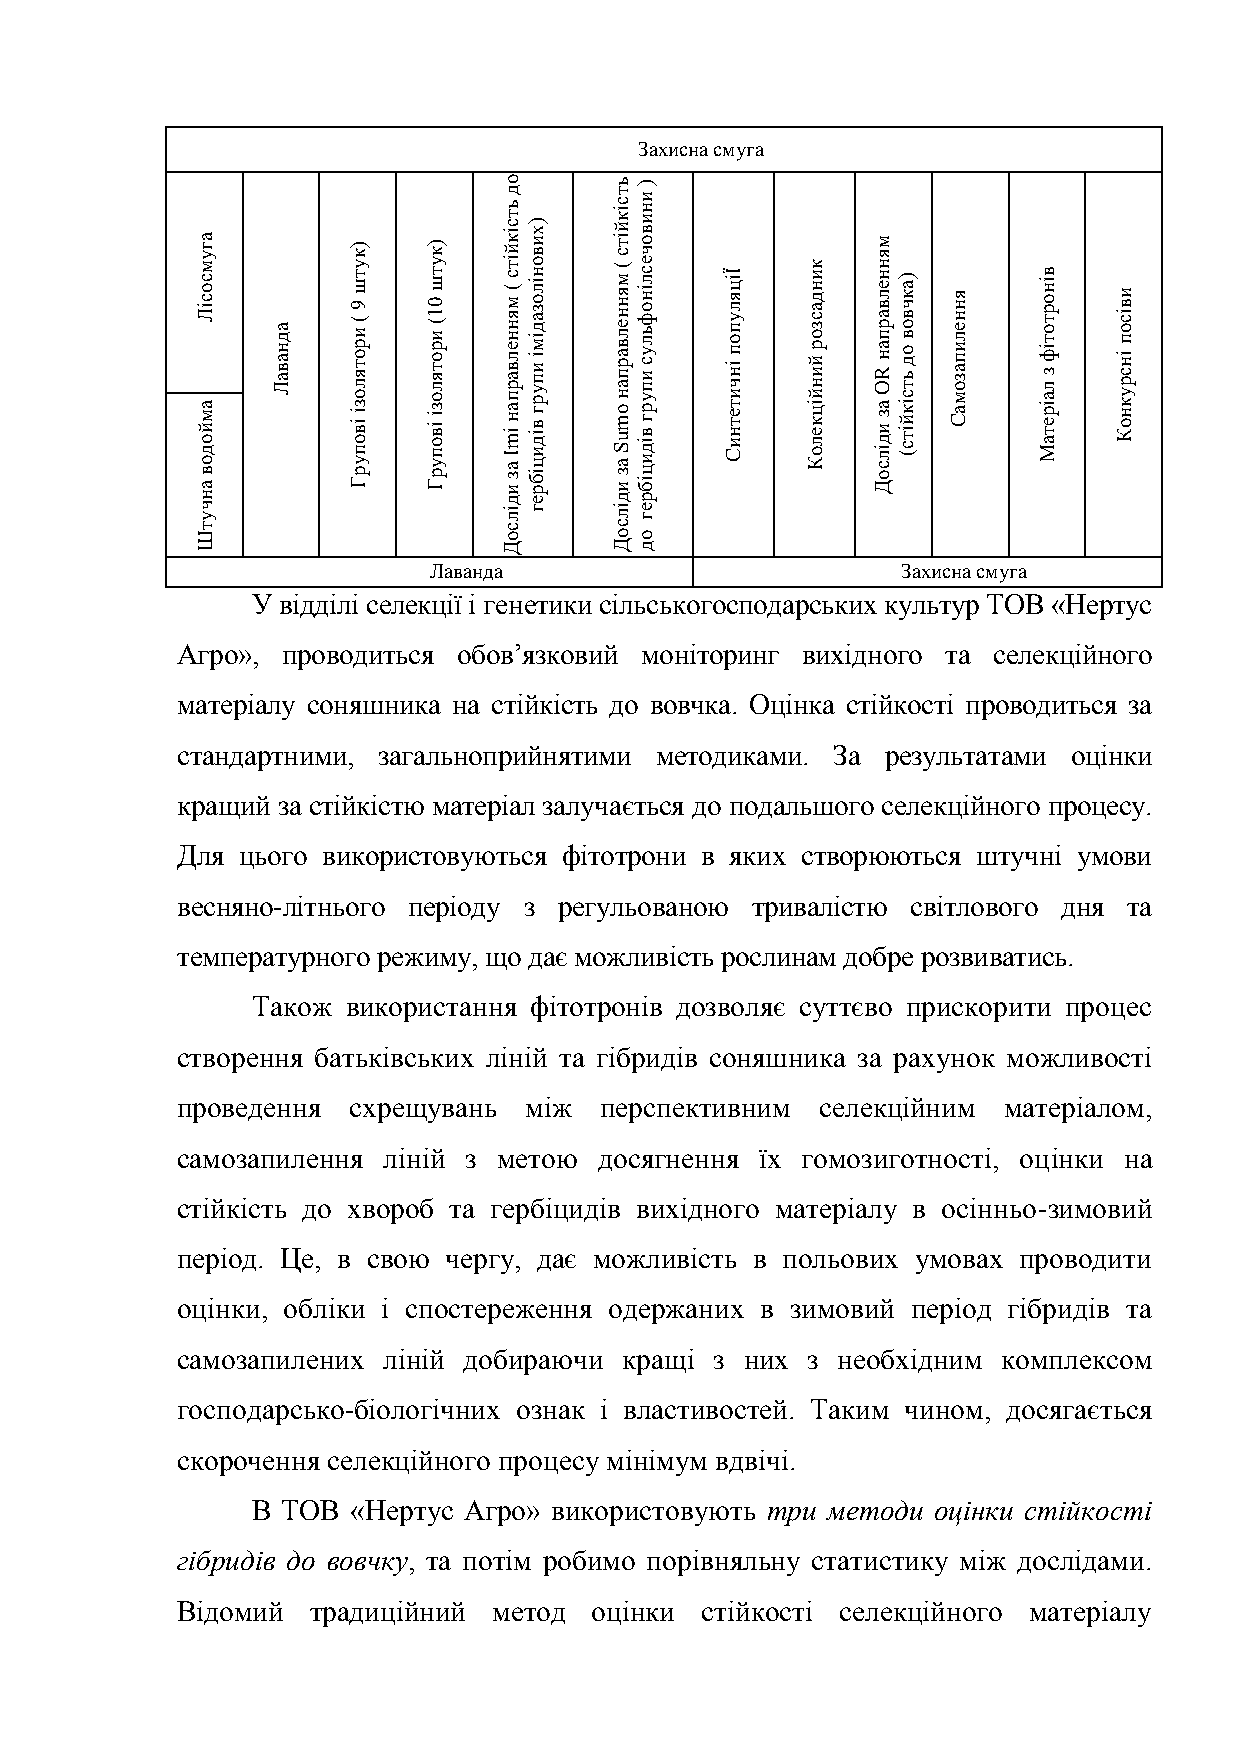
Захисна смуга
 а м й о д оа вг у а нм чс уо с іЛ а д н а в а Л ) к у т ш 9 ( и р о т я л о з і ів о п у р Г ) к у т ш 0 1 ( и р о т я л о з і ів о п у р Г о д ь т с ік й іт с ( iм mя Iн ан зе ил в да ілр п а н ) х и в о н іл о з а д ім і и п у р г в ід и ц іб р
 е
 г
 ь т с ік й іт с ( м я н н е л в а р п а н o m u S а з и
 д
 іл) и н и в о ч е с л ін о ф ь л у с и п у р г в ід и ц іб
 р
 е
 г
 Ї іц я л у п о п ін ч и т е т н и С к и н д а с з о р й и н й іц к е л о К м я н н е л в а р п а н R O а з и д іл с о Д ) а к ч в о в о д ь т с ік й іт с ( я н н е л и п а з о м а С в ін о р т о т іф з е тл аа Мір и в іс о п ін с р у к н о К
 т Ш                 с о    с о о
 Д      Дд
 Лаванда                         Захисна смуга
 У відділі селекції і генетики сільськогосподарських культур ТОВ «Нертус
 Агро», проводиться обов’язковий моніторинг вихідного та селекційного
 матеріалу соняшника на стійкість до вовчка. Оцінка стійкості проводиться за
 стандартними, загальноприйнятими методиками. За результатами оцінки
 кращий за стійкістю матеріал залучається до подальшого селекційного процесу.
 Для цього використовуються фітотрони в яких створюються штучні умови
 весняно-літнього періоду з регульованою тривалістю світлового дня та
 температурного режиму, що дає можливість рослинам добре розвиватись.
 Також використання фітотронів дозволяє суттєво прискорити процес
 створення батьківських ліній та гібридів соняшника за рахунок можливості
 проведення схрещувань  між  перспективним селекційним матеріалом,
 самозапилення ліній з метою досягнення їх гомозиготності, оцінки на
 стійкість до хвороб та гербіцидів вихідного матеріалу в осінньо-зимовий
 період. Це, в свою чергу, дає можливість в польових умовах проводити
 оцінки, обліки і спостереження одержаних в зимовий період гібридів та
 самозапилених ліній добираючи кращі з них з необхідним комплексом
 господарсько-біологічних ознак і властивостей. Таким чином, досягається
 скорочення селекційного процесу мінімум вдвічі.
 В ТОВ «Нертус Агро» використовують три методи оцінки стійкості
 гібридів до вовчку, та потім робимо порівняльну статистику між дослідами.
 Відомий  традиційний метод оцінки стійкості селекційного матеріалу